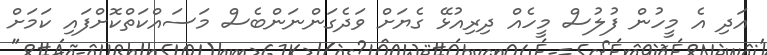
އަދި އެ މީހުން ފުލުސް މީހެއް ދިރިއުޅޭ ގެޔަށް ވަދެގަންނަންބެސް މަސައްކަތްކޮށްފައި ކަމަށް